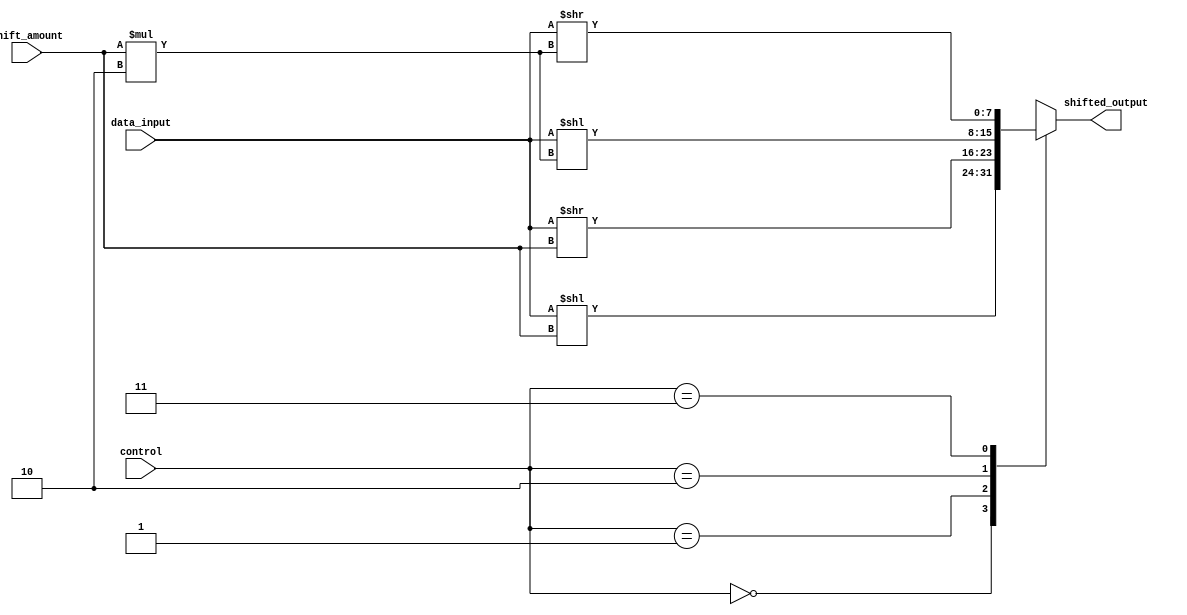
module hybrid_barrel_shifter (
    input [7:0] data_input,
    input [2:0] shift_amount,
    input [1:0] control,
    output reg [7:0] shifted_output
);

always @ (*) begin
    case (control)
        2'b00: shifted_output = data_input << shift_amount;
        2'b01: shifted_output = data_input >> shift_amount;
        2'b10: shifted_output = data_input << (shift_amount * 2);
        2'b11: shifted_output = data_input >> (shift_amount * 2);
        default: shifted_output = data_input;
    endcase
end

endmodule